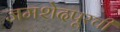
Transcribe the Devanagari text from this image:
जमशेदपूरची